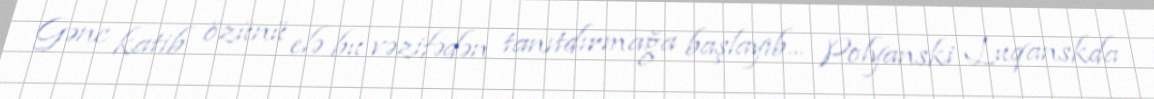
Gənc katib özünü elə bu vəzifədən tanıtdırmağa başlayıb... Polyanski Luqanskda